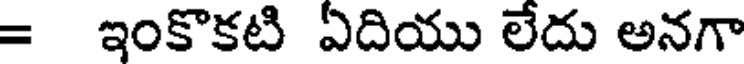
= ఇంకొకటి ఏదియు లేదు అనగా